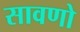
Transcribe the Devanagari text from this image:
सावणो